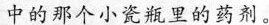
中的那个小瓷瓶里的药剂。